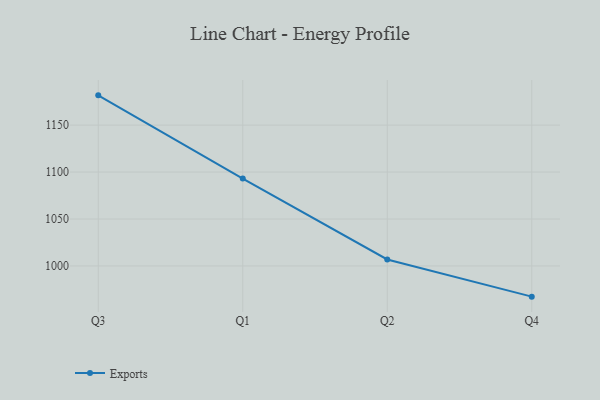
{"axis": {"x": "Quarter", "y": "Population (Million)"}, "legend": ["Exports"], "data": [{"x": "Q3", "y": 1181.7, "type": "Exports"}, {"x": "Q1", "y": 1093.1, "type": "Exports"}, {"x": "Q2", "y": 1006.9, "type": "Exports"}, {"x": "Q4", "y": 967.3, "type": "Exports"}]}